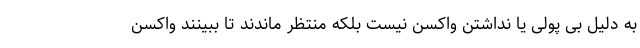
به دلیل بی پولی یا نداشتن واکسن نیست بلکه منتظر ماندند تا ببینند واکسن